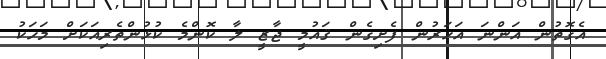
އެގޮތުން އަންނަ އަހަރުން ފެށިގެން ޤައުމީ ޖާޒީ ލާ ކޮންމެ ކުޅުންތެރިއަކަށް މަހަކު